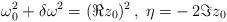
LaTeX: \begin{align*}\:\omega _{0}^{2} + \delta \omega ^{2} = (\Re z_{0})^{2} \,, \;\eta = -\,2\Im z_{0}\:\end{align*}